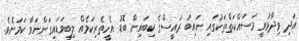
އަދި ވިދާޅުވީ މަސައްކަތްތަކުގައި ނައިބު ރައީސްގެ ކިބައިން ބޮޑު އެހީތެރިކަމެއް ލިބިވަޑައިގަންނަވާ ކަމަށެވެ.